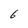
Character: 6